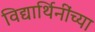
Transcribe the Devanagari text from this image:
विद्यार्थिनींच्या